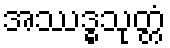
အဿဒ္ဓသုတ္တံ